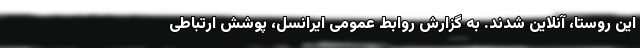
این روستا، آنلاین شدند. به گزارش روابط عمومی ایرانسل، پوشش ارتباطی